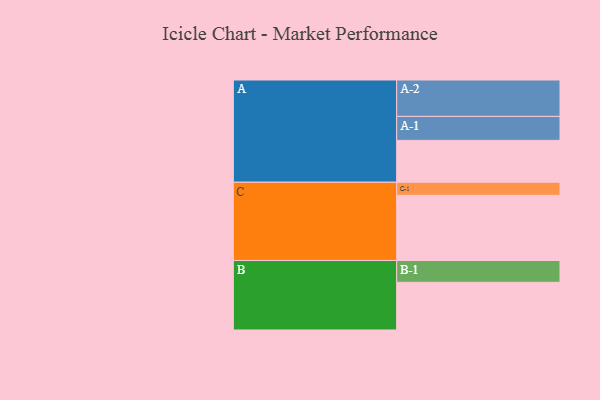
{"axis": {"x": "Segment", "y": "Value"}, "legend": ["", "A", "B", "C"], "data": [{"x": "A", "y": 307, "type": ""}, {"x": "B", "y": 350, "type": ""}, {"x": "C", "y": 478, "type": ""}, {"x": "A-1", "y": 176, "type": "A"}, {"x": "A-2", "y": 267, "type": "A"}, {"x": "B-1", "y": 160, "type": "B"}, {"x": "C-1", "y": 96, "type": "C"}]}